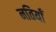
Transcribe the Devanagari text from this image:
नतियाँ